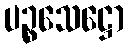
ပဉ္စသေဋ္ဌော